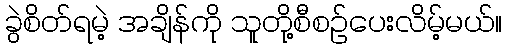
ခွဲစိတ်ရမဲ့ အချိန်ကို သူတို့စီစဉ်ပေးလိမ့်မယ်။